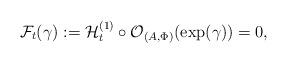
LaTeX: \begin{align*}\mathcal F_t(\gamma) := \mathcal{H}_t^{(1)} \circ \mathcal{O}_{(A,\Phi)}(\exp (\gamma)) = 0, \end{align*}